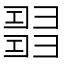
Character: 𢑰